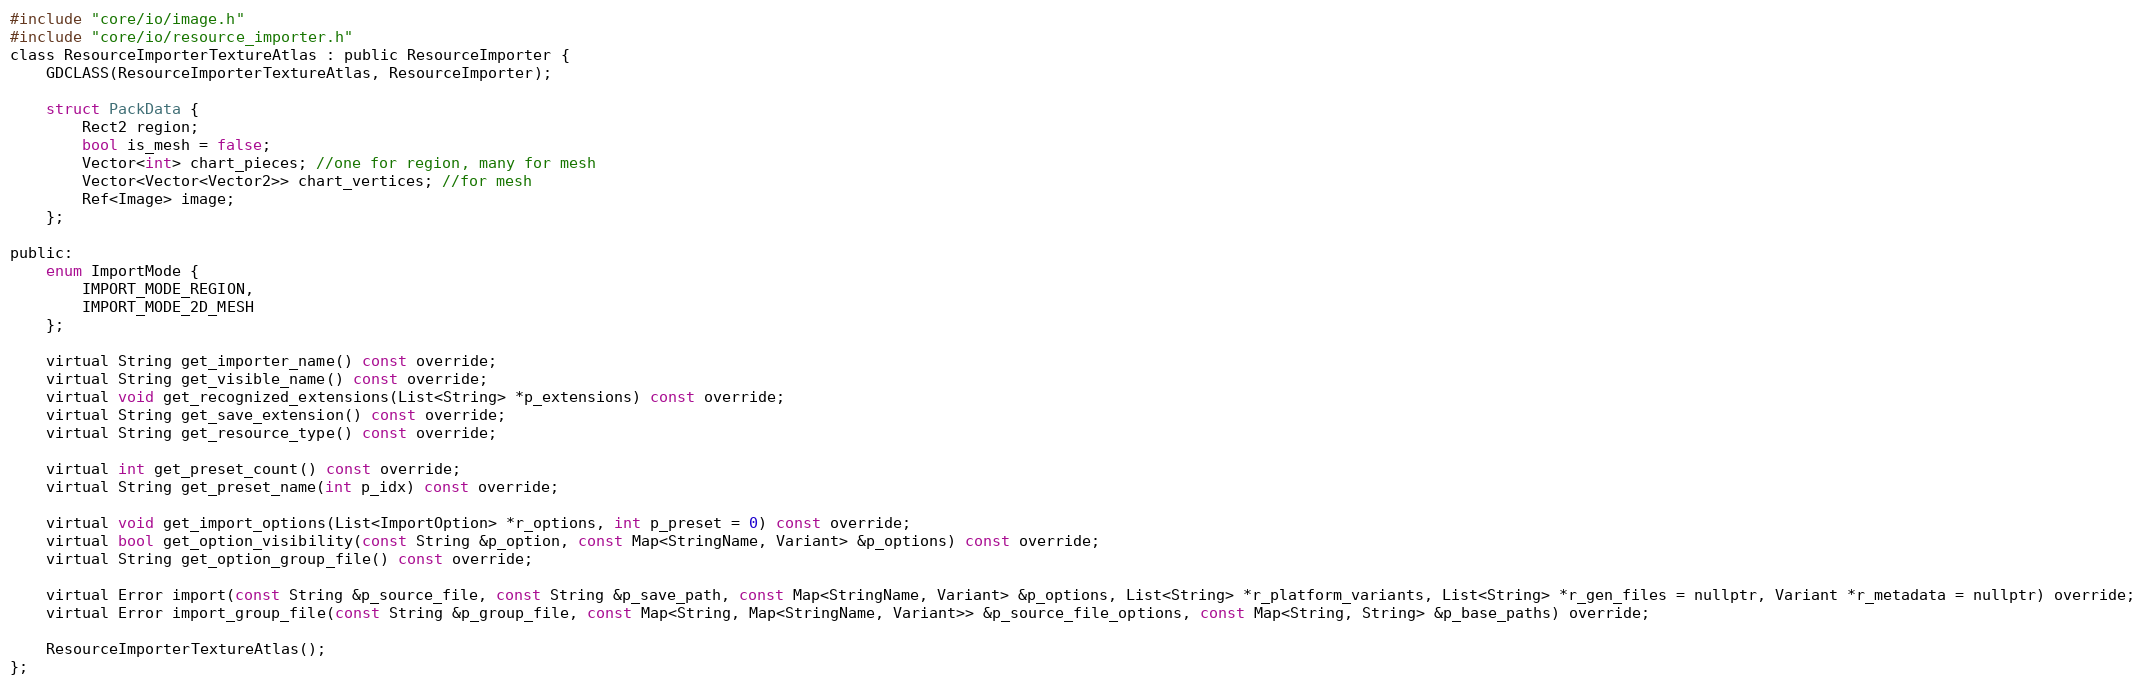
Language: C
#include "core/io/image.h"
#include "core/io/resource_importer.h"
class ResourceImporterTextureAtlas : public ResourceImporter {
	GDCLASS(ResourceImporterTextureAtlas, ResourceImporter);

	struct PackData {
		Rect2 region;
		bool is_mesh = false;
		Vector<int> chart_pieces; //one for region, many for mesh
		Vector<Vector<Vector2>> chart_vertices; //for mesh
		Ref image;
	};

public:
	enum ImportMode {
		IMPORT_MODE_REGION,
		IMPORT_MODE_2D_MESH
	};

	virtual String get_importer_name() const override;
	virtual String get_visible_name() const override;
	virtual void get_recognized_extensions(List<String> *p_extensions) const override;
	virtual String get_save_extension() const override;
	virtual String get_resource_type() const override;

	virtual int get_preset_count() const override;
	virtual String get_preset_name(int p_idx) const override;

	virtual void get_import_options(List<ImportOption> *r_options, int p_preset = 0) const override;
	virtual bool get_option_visibility(const String &p_option, const Map<StringName, Variant> &p_options) const override;
	virtual String get_option_group_file() const override;

	virtual Error import(const String &p_source_file, const String &p_save_path, const Map<StringName, Variant> &p_options, List<String> *r_platform_variants, List<String> *r_gen_files = nullptr, Variant *r_metadata = nullptr) override;
	virtual Error import_group_file(const String &p_group_file, const Map<String, Map<StringName, Variant>> &p_source_file_options, const Map<String, String> &p_base_paths) override;

	ResourceImporterTextureAtlas();
};